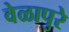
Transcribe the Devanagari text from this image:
वेळापुरे